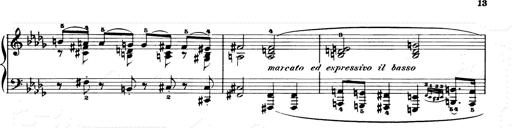
Title: Consolations and LiebestrÃ¤ume for the Piano
Composer: Franz Liszt